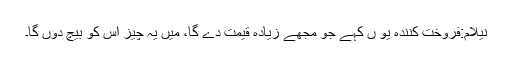
نیلام:فروخت کنندہ یو ں کہے جو مجھے زیادہ قیمت دے گا، میں یہ چیز اس کو بیچ دوں گا۔